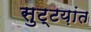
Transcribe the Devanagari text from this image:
सुट्टय़ांत